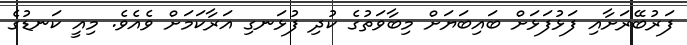
ފަރުބޭރަށާއި ފަޅުފަޅަށް ބައިބަޔަށް މިބާވަތުގެ ކުދި ފުޅަނގި އަރާކަމަށް ވެއެވެ. މިއީ ކަނޑުގެ